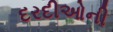
દરદીઓની